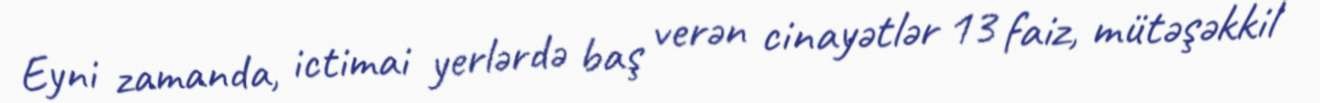
Eyni zamanda, ictimai yerlərdə baş verən cinayətlər 13 faiz, mütəşəkkil